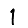
Digit: 1